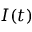
I ( t )